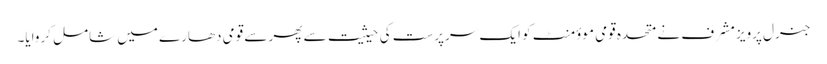
جنرل پرویز مشرف نے متحدہ قومی موؤمنٹ کو ایک سرپرست کی حیثیت سے پھر سے قومی دھارے میں شامل کروایا۔